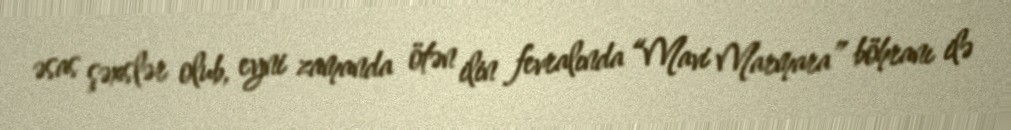
əsas şəxslər olub, eyni zamanda ötən ilin fevralında “Mavi Marmara” böhranı ilə